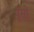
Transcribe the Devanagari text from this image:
पुंसो